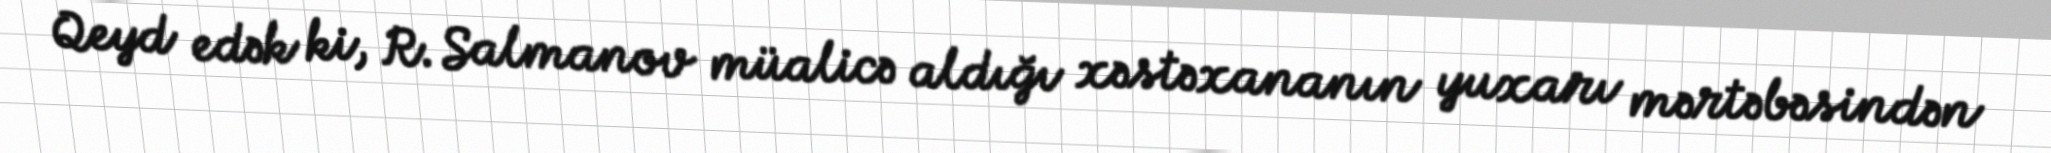
Qeyd edək ki, R. Salmanov müalicə aldığı xəstəxananın yuxarı mərtəbəsindən